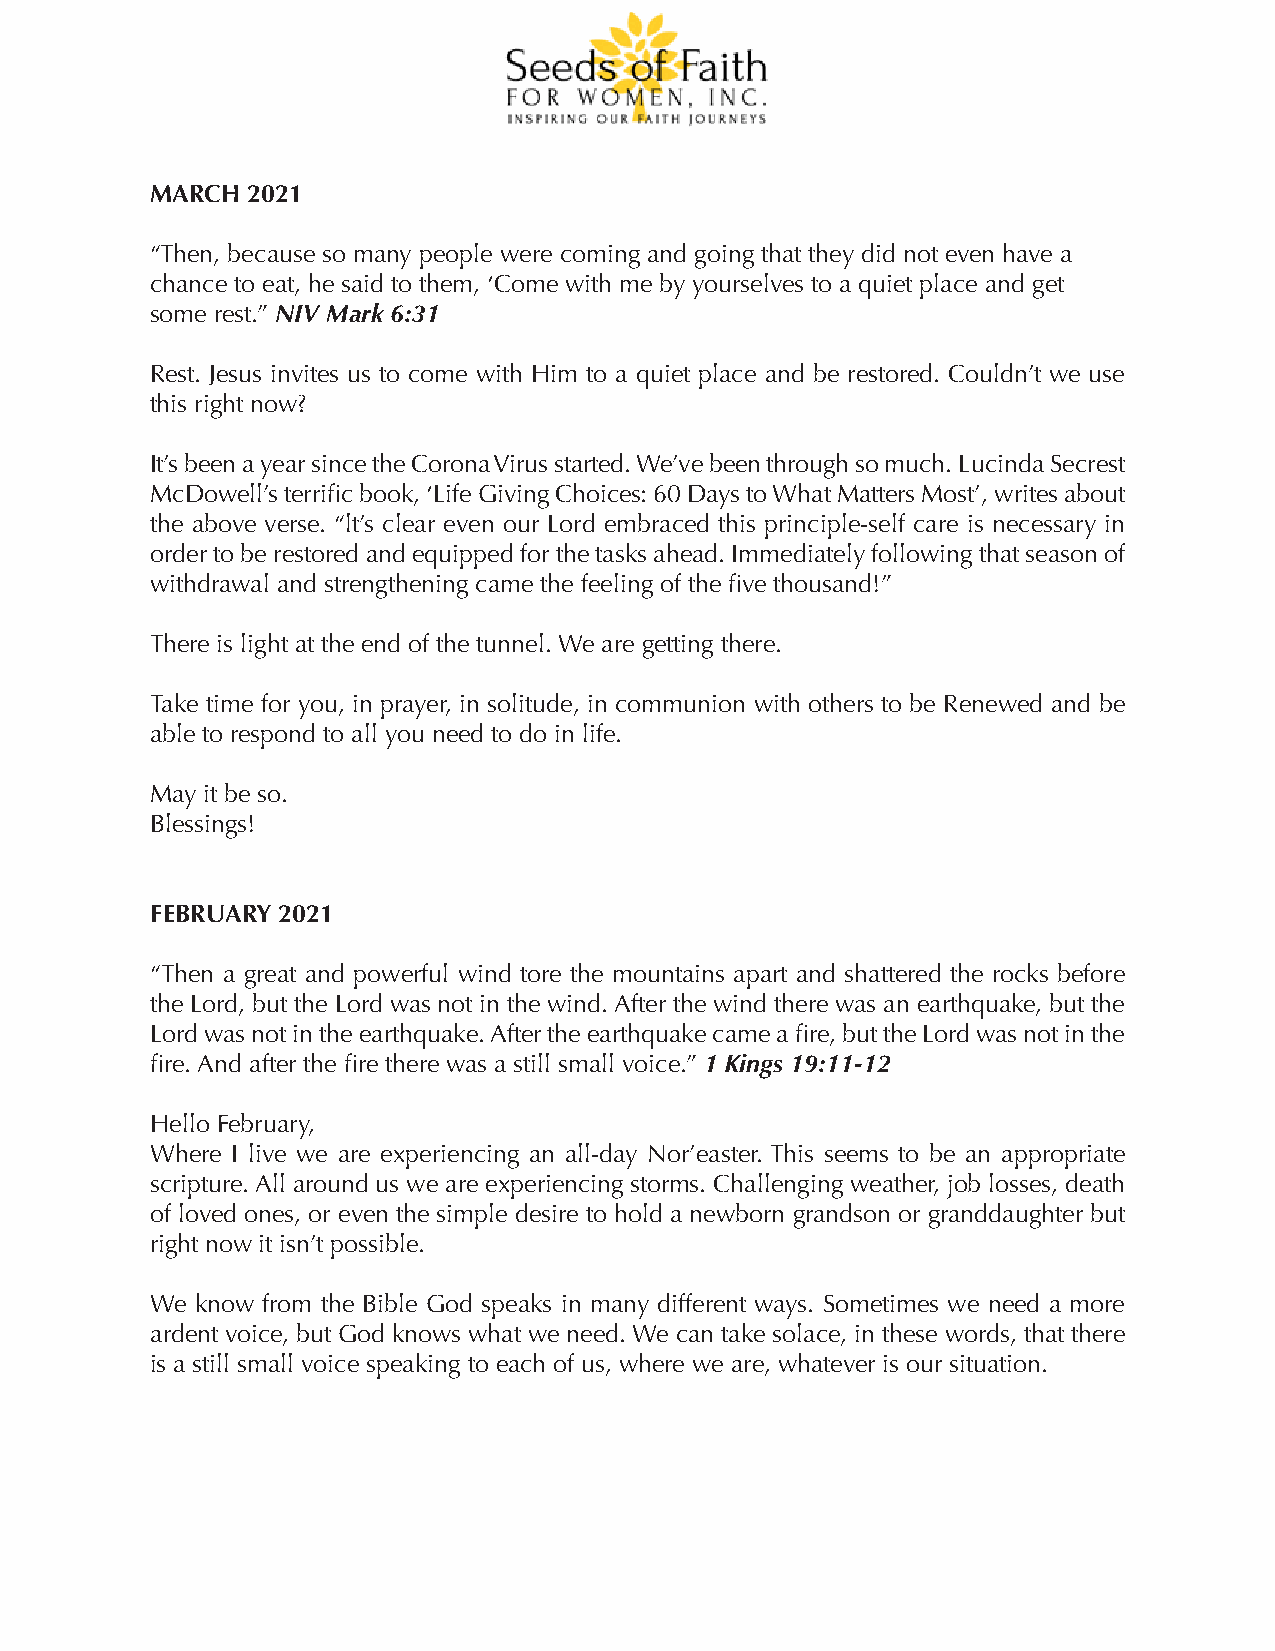
MARCH 2021
 “Then, because so many people were coming and going that they did not even have a
 chance to eat, he said to them, ‘Come with me by yourselves to a quiet place and get
 some rest.” NIV Mark 6:31
 Rest. Jesus invites us to come with Him to a quiet place and be restored. Couldn’t we use
 this right now?
 It’s been a year since the Corona Virus started. We’ve been through so much. Lucinda Secrest
 McDowell’s terrific book, ‘Life Giving Choices: 60 Days to What Matters Most’, writes about
 the above verse. “lt’s clear even our Lord embraced this principle-self care is necessary in
 order to be restored and equipped for the tasks ahead. Immediately following that season of
 withdrawal and strengthening came the feeling of the five thousand!”
 There is light at the end of the tunnel. We are getting there.
 Take time for you, in prayer, in solitude, in communion with others to be Renewed and be
 able to respond to all you need to do in life.
 May it be so.
 Blessings!
 FEBRUARY 2021
 “Then a great and powerful wind tore the mountains apart and shattered the rocks before
 the Lord, but the Lord was not in the wind. After the wind there was an earthquake, but the
 Lord was not in the earthquake. After the earthquake came a fire, but the Lord was not in the
 fire. And after the fire there was a still small voice.” 1 Kings 19:11-12
 Hello February,
 Where I live we are experiencing an all-day Nor’easter. This seems to be an appropriate
 scripture. All around us we are experiencing storms. Challenging weather, job losses, death
 of loved ones, or even the simple desire to hold a newborn grandson or granddaughter but
 right now it isn’t possible.
 We know from the Bible God speaks in many different ways. Sometimes we need a more
 ardent voice, but God knows what we need. We can take solace, in these words, that there
 is a still small voice speaking to each of us, where we are, whatever is our situation.